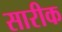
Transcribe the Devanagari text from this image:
सारीक